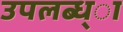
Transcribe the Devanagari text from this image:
उपलब्ध्ा